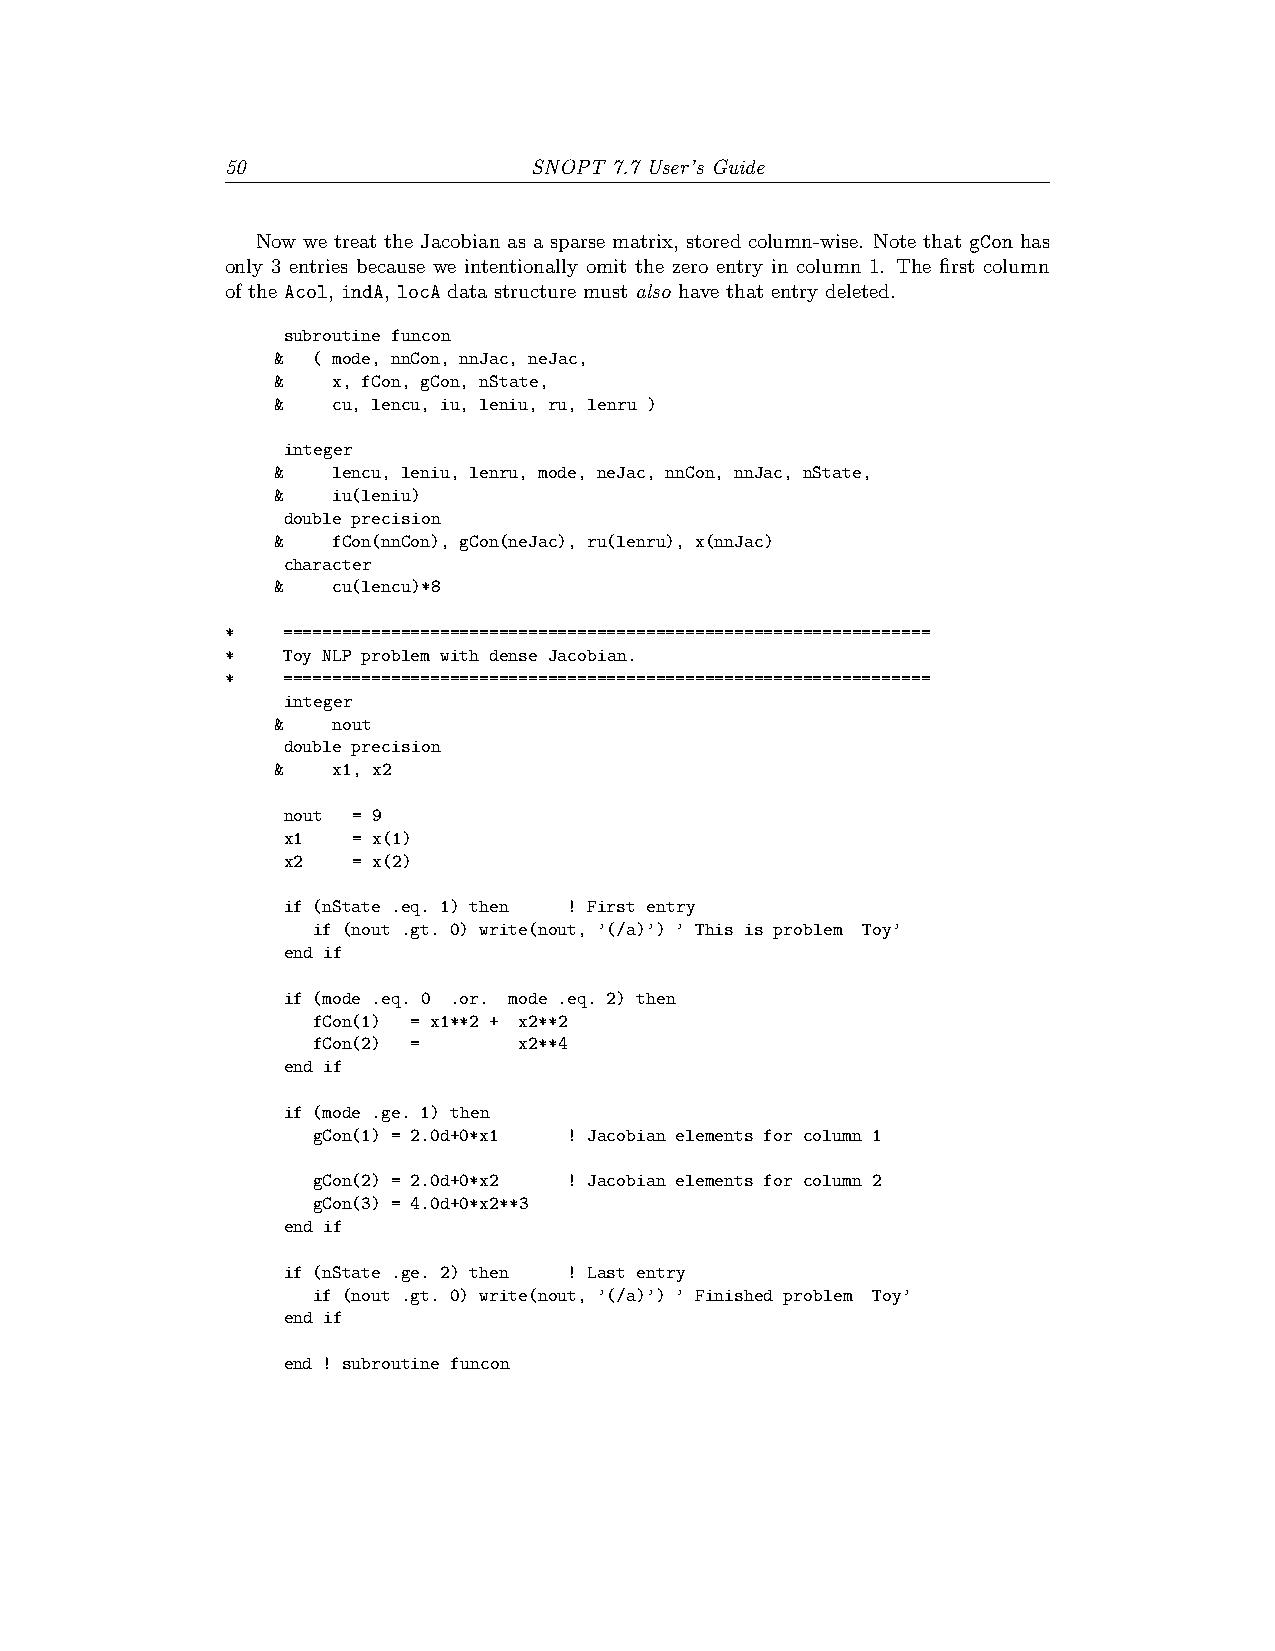
50                  SNOPT 7.7 User’s Guide
 Now we treat the Jacobian as a sparse matrix, stored column-wise. Note that gCon has
 only 3 entries because we intentionally omit the zero entry in column 1. The first column
 of the Acol, indA, locA data structure must also have that entry deleted.
 subroutine funcon
 &  ( mode, nnCon, nnJac, neJac,
 &   x, fCon, gCon, nState,
 &   cu, lencu, iu, leniu, ru, lenru )
 integer
 &   lencu, leniu, lenru, mode, neJac, nnCon, nnJac, nState,
 &   iu(leniu)
 double precision
 &   fCon(nnCon), gCon(neJac), ru(lenru), x(nnJac)
 character
 &   cu(lencu)*8
 *   ==================================================================
 *   Toy NLP problem with dense Jacobian.
 *   ==================================================================
 integer
 &   nout
 double precision
 &   x1, x2
 nout = 9
 x1  = x(1)
 x2  = x(2)
 if (nState .eq. 1) then ! First entry
 if (nout .gt. 0) write(nout, ’(/a)’) ’ This is problem Toy’
 end if
 if (mode .eq. 0 .or. mode .eq. 2) then
 fCon(1) = x1**2 + x2**2
 fCon(2) =    x2**4
 end if
 if (mode .ge. 1) then
 gCon(1) = 2.0d+0*x1 ! Jacobian elements for column 1
 gCon(2) = 2.0d+0*x2 ! Jacobian elements for column 2
 gCon(3) = 4.0d+0*x2**3
 end if
 if (nState .ge. 2) then ! Last entry
 if (nout .gt. 0) write(nout, ’(/a)’) ’ Finished problem Toy’
 end if
 end ! subroutine funcon